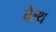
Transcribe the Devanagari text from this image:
वेल्‍थ